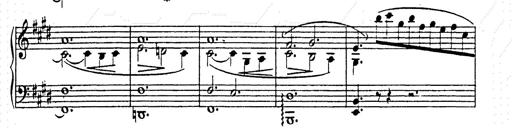
Title: AnnÃ©es de pÃ¨lerinage II
Composer: Franz Liszt